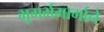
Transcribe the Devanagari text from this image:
भूगर्भमार्गाने